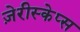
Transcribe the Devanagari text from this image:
ज़ेरीस्‍केप्‍स